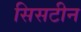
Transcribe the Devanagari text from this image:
सिसटीन